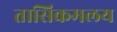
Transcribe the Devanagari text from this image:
तासिकमलय